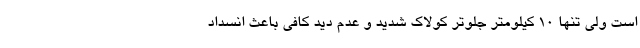
است ولی تنها ۱۰ کیلومتر جلوتر کولاک شدید و عدم دید کافی باعث انسداد